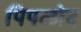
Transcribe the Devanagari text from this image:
पिपळोद